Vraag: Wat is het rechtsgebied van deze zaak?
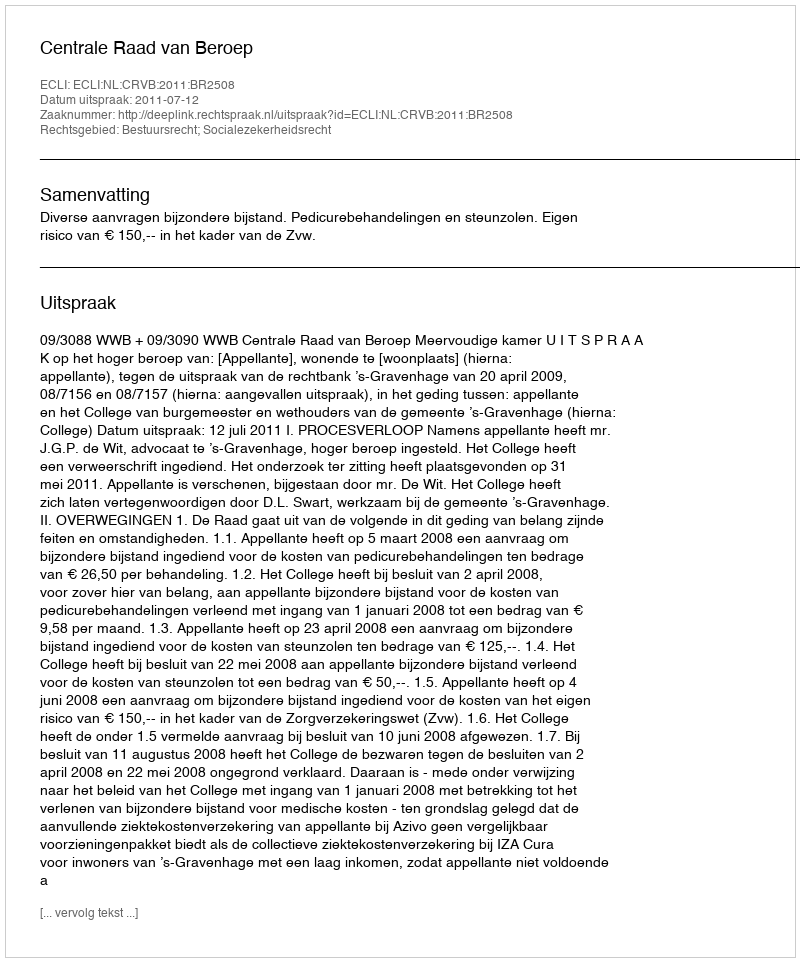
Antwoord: Bestuursrecht; Socialezekerheidsrecht